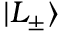
| L _ { \pm } \rangle